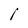
Character: I